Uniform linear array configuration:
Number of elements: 4
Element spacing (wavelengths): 0.75
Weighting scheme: exponential
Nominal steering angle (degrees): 0
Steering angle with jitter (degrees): -0.7339
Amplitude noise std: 0.05
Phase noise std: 0.05

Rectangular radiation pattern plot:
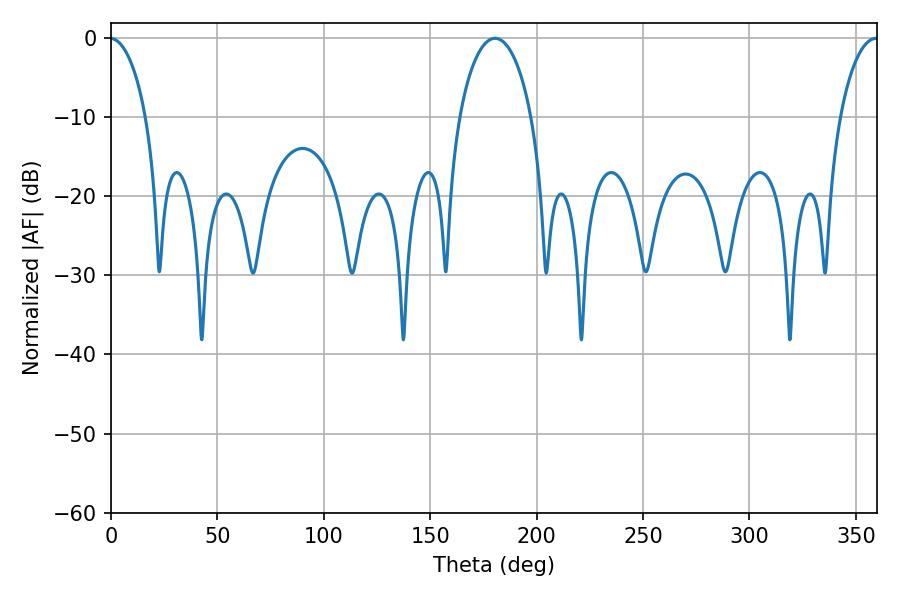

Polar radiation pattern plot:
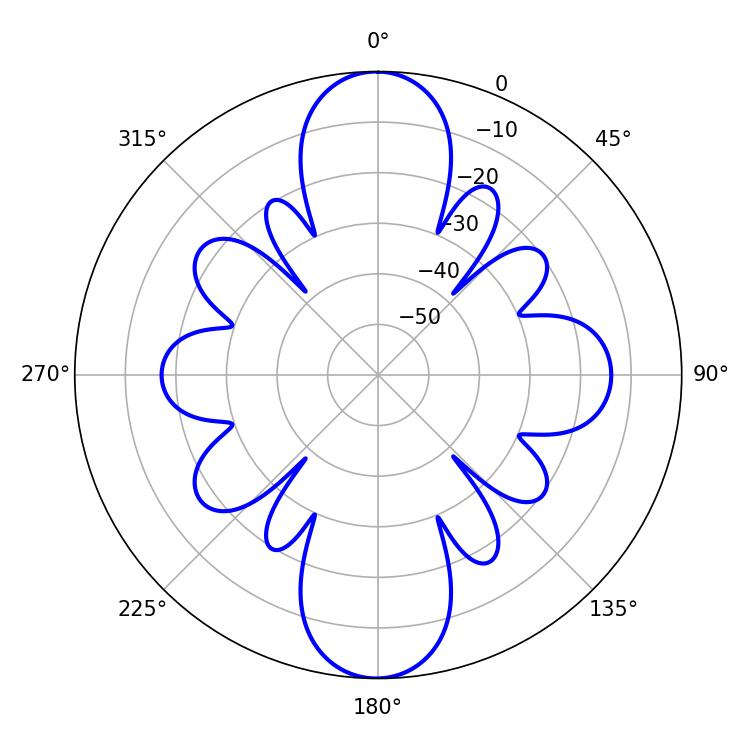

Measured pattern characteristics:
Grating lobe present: TRUE
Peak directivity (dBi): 37.252
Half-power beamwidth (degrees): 19.44
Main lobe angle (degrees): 180.54